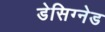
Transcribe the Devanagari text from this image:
डेसिग्नेड